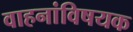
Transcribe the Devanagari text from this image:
वाहनांविषयक